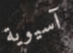
آسيوية